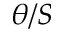
\theta / S